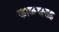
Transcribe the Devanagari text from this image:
काळ्यासह